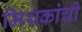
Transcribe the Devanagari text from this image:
मिथकांची